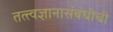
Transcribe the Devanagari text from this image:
तत्त्वज्ञानासंबंधीची